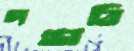
দগ্ধাবি